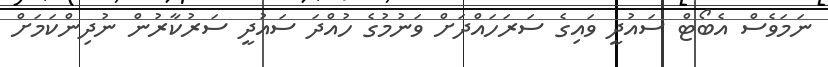
ނަމަވެސް އެބޯޓް ސައުދީ ވައިގެ ސަރަހައްދަށް ވަނުމުގެ ހުއްދަ ސައުދީ ސަރުކާރުން ނުދިންކަމަށް